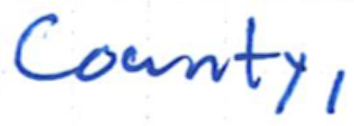
Text: County,
Cross-out: clean
Writing tool: ballpoint